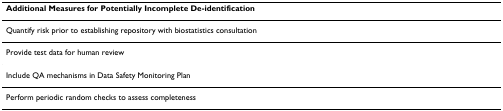
<table><thead><tr><td><b>Additional Measures for Potentially Incomplete De-identification</b></td></tr></thead><tbody><tr><td>Quantify risk prior to establishing repository with biostatistics consultation</td></tr><tr><td>Provide test data for human review</td></tr><tr><td>Include QA mechanisms in Data Safety Monitoring Plan</td></tr><tr><td>Perform periodic random checks to assess completeness</td></tr></tbody></table>